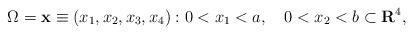
LaTeX: \begin{align*}\Omega={{\bf x}\equiv(x_{1},x_{2},x_{3},x_{4}):0<x_{1}<a, \quad 0<x_{2}<b} \subset {\bf R}^{4},\end{align*}